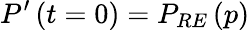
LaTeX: P^{\prime}\left(t=0\right)=P_{RE}\left(p\right)